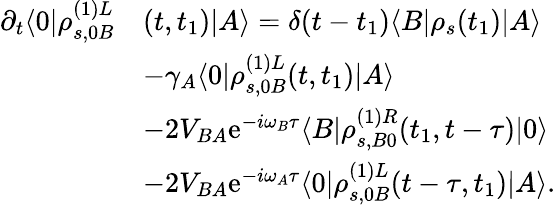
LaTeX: \begin{array}{rl}{\partial_{t}\langle 0|\rho_{s,0B}^{(1)L}}&{(t,t_{1})|A\rangle=\delta(t-t_{1})\langle B|\rho_{s}(t_{1})|A\rangle}\\ &{-\gamma_{A}\langle 0|\rho_{s,0B}^{(1)L}(t,t_{1})|A\rangle}\\ &{-2V_{BA}\mathrm{e}^{-i\omega_{B}\tau}\langle B|\rho_{s,B0}^{(1)R}(t_{1},t-\tau)|0\rangle}\\ &{-2V_{BA}\mathrm{e}^{-i\omega_{A}\tau}\langle 0|\rho_{s,0B}^{(1)L}(t-\tau,t_{1})|A\rangle.}\end{array}